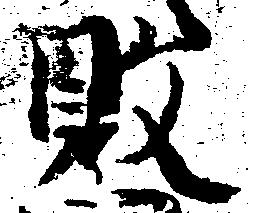
敗